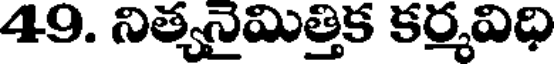
49. నిత్యనైమిత్తిక కర్మవిధి